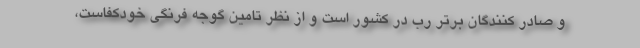
و صادر کنندگان برتر رب در کشور است و از نظر تامین گوجه فرنگی خودکفاست،